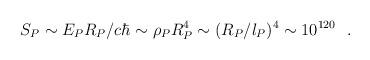
LaTeX: \begin{align*}S_P \sim E_P R_P/c\hbar \sim \rho_P R_P^4 \sim (R_P/l_P)^4 \sim 10^{120} ~~.\end{align*}